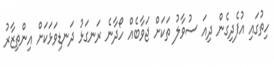
ހިތުގައި އުފެދިގެން ދިއަ ސުވާލު ތަކަށް ޖަވާބެއް ހޯދާނެ ރަނގަޅު ދަނޑިވަޅަކަށް އިންތިޒާރު